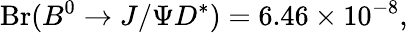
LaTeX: \mathrm{Br}({B}^{0}\to J/\Psi D^{*})=6.46\times 10^{-8},